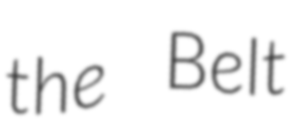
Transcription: the Belt